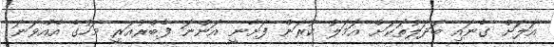
އަލަށް ގެނައި ބަދަލުތަކަށް އަމަލު ކުރަން ފަށާނީ އަންނަ ފެބްރުއަރީ މަހުގެ އެއްވަނަ